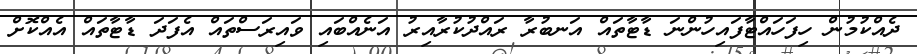
ދެއްކުމުން ހިފަހައްޓާފައިހުންނަ ޑާޓާތައް އަނބުރާ ރައްދުކުރާއިރު އަނެއްބައި ވައިރަސްތައް އެފަދަ ޑާޓާތައް އެއްކޮށް